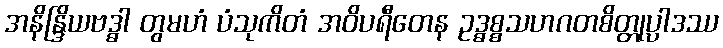
အနိန္ဒြိယဗဒ္ဓါ တွမဟံ ပံသုကိတံ အဝိပရီတေန ဥဒ္ဓစ္စသဟဂတစိတ္တုပ္ပါဒဿ